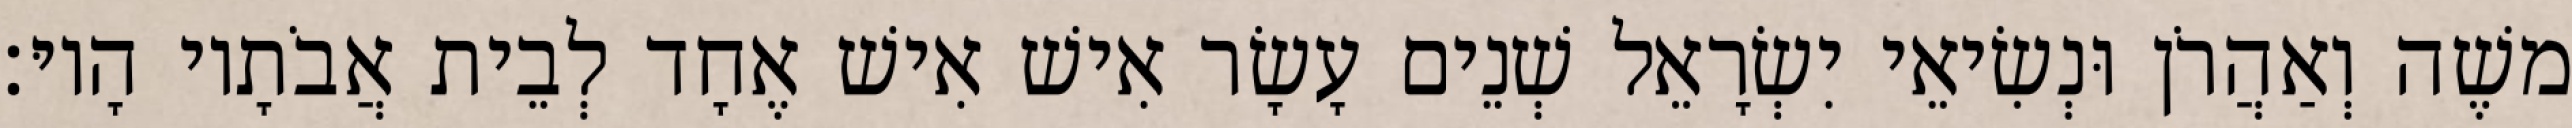
משֶׁה וְאַהֲרֹן וּנְשִׂיאֵי יִשְׂרָאֵל שְׁנֵים עָשָׂר אִישׁ אִישׁ אֶחָד לְבֵית אֲבֹתָיו הָיוּ׃